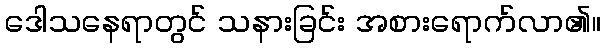
ဒေါသနေရာတွင် သနားခြင်း အစားရောက်လာ၏။